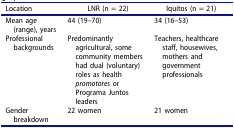
| Location | LNR (n = 22) | Iquitos (n = 21) |
 | --- | --- | --- |
 | Mean age (range), years | 44 (19–70) | 34 (16–53) |
 | Professional backgrounds | Predominantly agricultural, some community members had dual (voluntary) roles as health promotores or Programa Juntos leaders | Teachers, healthcare staff, housewives, mothers and government professionals |
 | Gender breakdown | 22 women | 21 women |